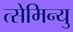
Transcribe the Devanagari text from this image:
त्सेमिन्यु